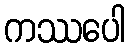
ကဿပေါ